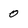
Character: 0